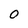
Character: 0